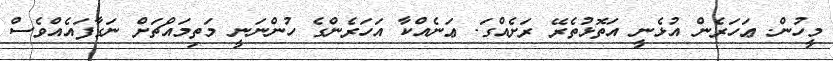
މީހުން. ޢަހަރެން އުޅެނީ އަތޮޅުތެރޭ ރަށެއްގަ. ޢަނެއްކާ އަހަރެންގެ ހުންނަނީ މަތިމައްޗަށް ނަގާފައެއްވެސް